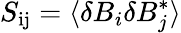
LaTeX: S_{\mathrm{ij}}=\langle\delta B_{i}\delta B_{j}^{*}\rangle